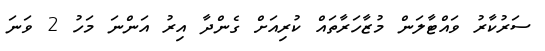
ސަރުކާރު ވައްޓާލަން މުޒާހަރާތައް ކުރިއަށް ގެންދާ އިރު އަންނަ މަހު 2 ވަނަ